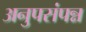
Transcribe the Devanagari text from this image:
अनुपसंपन्न